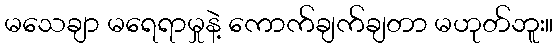
မသေချာ မရေရာမှုနဲ့ ကောက်ချက်ချတာ မဟုတ်ဘူး။